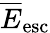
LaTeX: \overline{E}_{\mathrm{esc}}